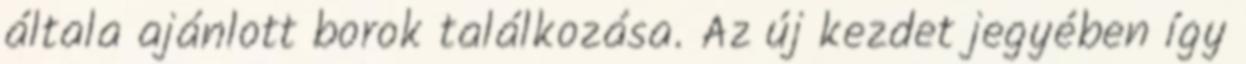
általa ajánlott borok találkozása. Az új kezdet jegyében így